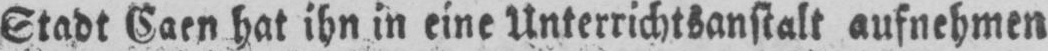
Stadt Caen hat ihn in eine Unterrichtsanstalt aufnehmen